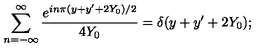
\sum _ { n = - \infty } ^ { \infty } { \frac { e ^ { i n \pi ( y + y ^ { \prime } + 2 Y _ { 0 } ) / 2 } } { 4 Y _ { 0 } } } = \delta ( y + y ^ { \prime } + 2 Y _ { 0 } ) ;